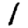
Digit: 1